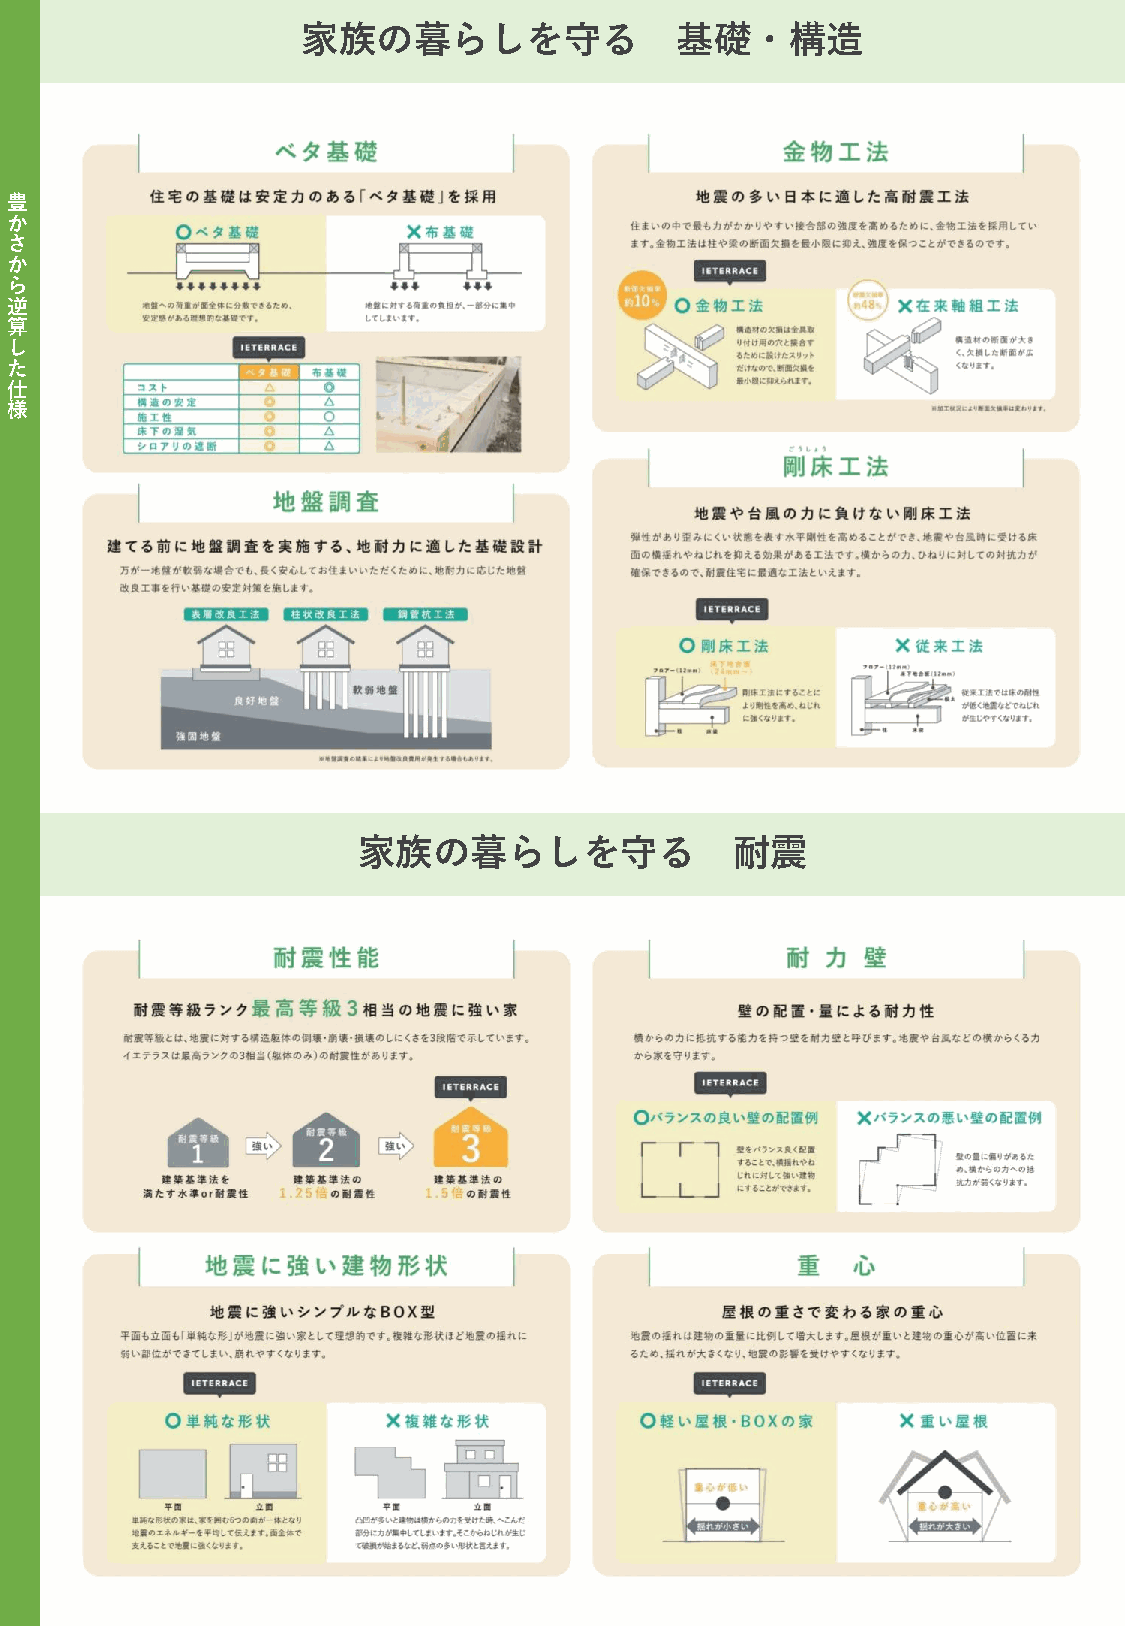
家族の暮らしを守る                基礎・構造
 豊
 か
 さ
 か
 ら
 逆
 算
 し
 た
 仕
 様
 家族の暮らしを守る                耐震